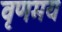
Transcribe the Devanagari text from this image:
वृणमय